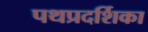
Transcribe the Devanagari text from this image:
पथप्रदर्शिका